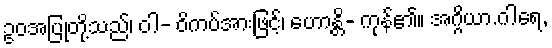
ဥဝအပြုတို့သည်၊ ဝါ- ဝိကပ်အားဖြင့်၊ ဟောန္တိ- ကုန်၏။ အဂ္ဂိယာ.ဂါရေ,